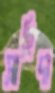
সাহিদা